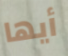
أيها